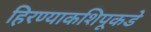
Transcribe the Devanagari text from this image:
हिरण्याकशिपूकडे